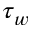
\tau _ { w }